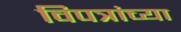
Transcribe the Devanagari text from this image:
विपत्रांच्या